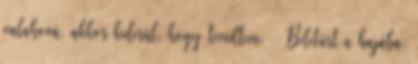
valahová, akkor kiderül, hogy tévedtem. – Beletúrt a hajába.